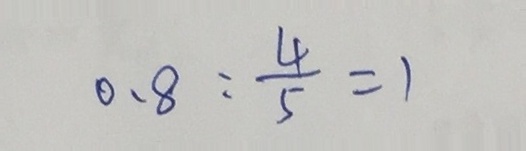
0 . 8 : \frac { 4 } { 5 } = 1